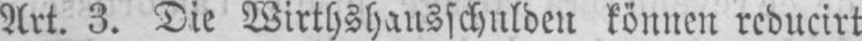
Art. 3. Die Wirthshausschulden können reducirt